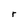
Character: r